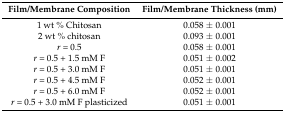
| Film/Membrane Composition | Film/Membrane Thickness (mm) |
 | --- | --- |
 | 1 wt % Chitosan | 0.058 ± 0.001 |
 | 2 wt % chitosan | 0.093 ± 0.001 |
 | r = 0.5 | 0.058 ± 0.001 |
 | r = 0.5 + 1.5 mM F | 0.051 ± 0.002 |
 | r = 0.5 + 3.0 mM F | 0.051 ± 0.001 |
 | r = 0.5 + 4.5 mM F | 0.052 ± 0.001 |
 | r = 0.5 + 6.0 mM F | 0.052 ± 0.001 |
 | r = 0.5 + 3.0 mM F plasticized | 0.051 ± 0.001 |